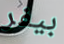
بيفر